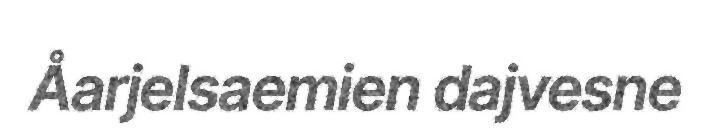
Åarjelsaemien dajvesne